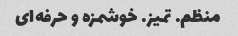
منظم. تمیز. خوشمزه و حرفه‌ای